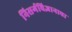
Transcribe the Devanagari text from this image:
निसर्गविज्ञानाचा